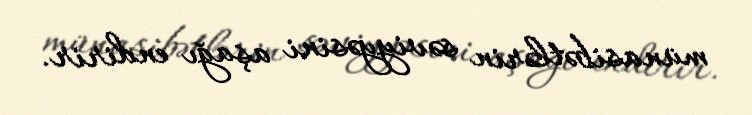
münasibətlərin səviyyəsini aşağı endirir.